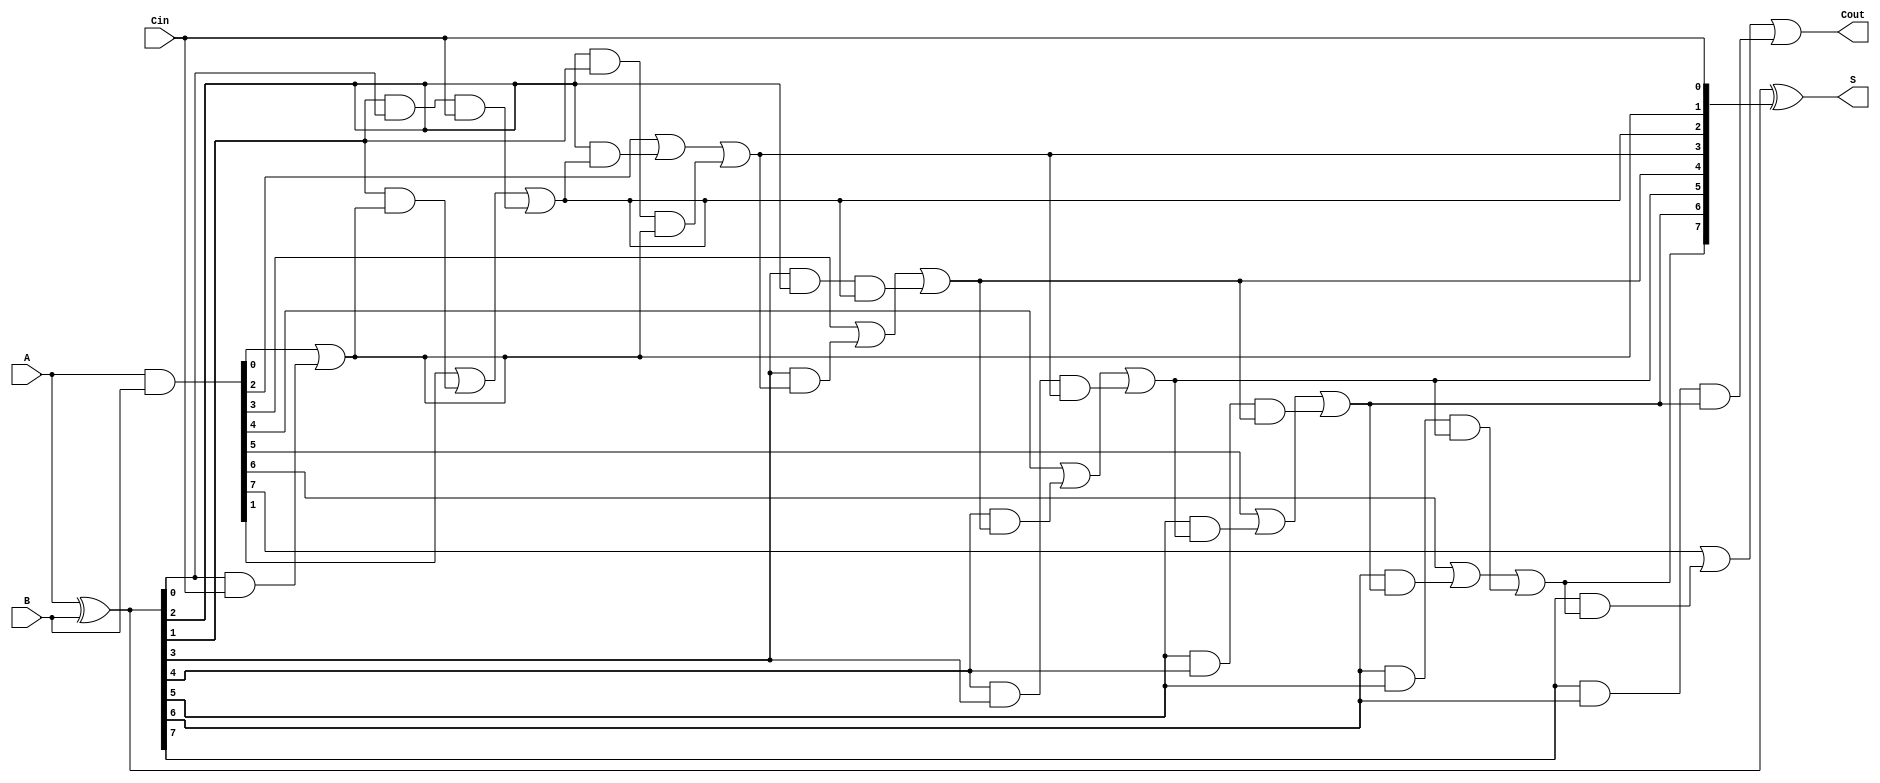
module SklanskyAdder #(parameter N = 8) (
    input  [N-1:0] A,      // First n-bit input
    input  [N-1:0] B,      // Second n-bit input
    input          Cin,     // Carry-in
    output [N-1:0] S,      // n-bit sum output
    output         Cout     // Carry-out
);

    // Generate and Propagate signals
    wire [N-1:0] G; // Generate
    wire [N-1:0] P; // Propagate
    wire [N:0] C;   // Carry signals

    // Generate and Propagate calculations
    assign G = A & B;          // G[i] = A[i] & B[i]
    assign P = A ^ B;          // P[i] = A[i] ^ B[i]

    // Carry calculations
    assign C[0] = Cin; // Initial carry-in

    genvar i;
    generate
        // Level 1 carry generation
        for (i = 0; i < N; i = i + 1) begin : carry_gen_level1
            if (i == 0) begin
                assign C[i + 1] = G[i] | (P[i] & C[i]);
            end else begin
                assign C[i + 1] = G[i] | (P[i] & C[i]) | (P[i] & P[i-1] & C[i-1]);
            end
        end
    endgenerate

    // Sum calculation
    assign S = P ^ C[N-1:0]; // S[i] = P[i] ^ C[i]

    // Final carry-out
    assign Cout = C[N];

endmodule